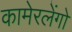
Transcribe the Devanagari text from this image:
कामेरलेंगो